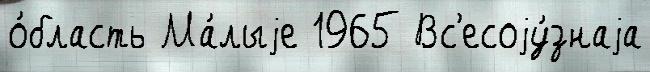
о́бласть Ма́лыjе 1965 Вс'есоjу́знаjа